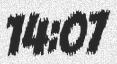
14:07